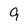
Character: 9